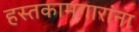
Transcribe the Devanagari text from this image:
हस्तकामगारांना